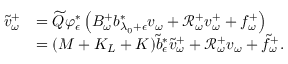
\begin{array} { r l } { \tilde { v } _ { \omega } ^ { + } } & { = \widetilde Q \varphi _ { \epsilon } ^ { * } \left( B _ { \omega } ^ { + } b _ { \lambda _ { 0 } + \epsilon } ^ { * } v _ { \omega } + \mathscr R _ { \omega } ^ { + } v _ { \omega } ^ { + } + f _ { \omega } ^ { + } \right) } \\ & { = ( M + K _ { L } + K ) \tilde { b } _ { \epsilon } ^ { * } \tilde { v } _ { \omega } ^ { + } + \mathcal R _ { \omega } ^ { + } v _ { \omega } + \tilde { f } _ { \omega } ^ { + } . } \end{array}